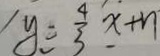
y = \frac { 4 } { 3 } x + n